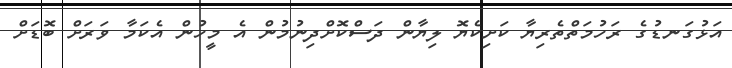
އަޅުގަނޑުގެ ރަހުމަތްތެރިޔާ ކަށިކެޔޮ ލިޔާން ދަސްކޮށްދިނުމުން އެ މީހުން އެކަމާ ވަރަށް ބޮޑަށް